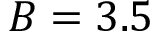
B = 3 . 5